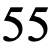
55